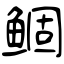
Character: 鲴